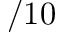
/ 1 0